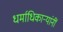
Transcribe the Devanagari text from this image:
धर्माधिकार्‍यांनीं